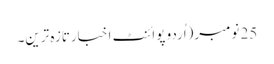
25 نومبر(اُردو پوائنٹ اخبارتازہ ترین۔